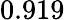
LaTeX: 0.919